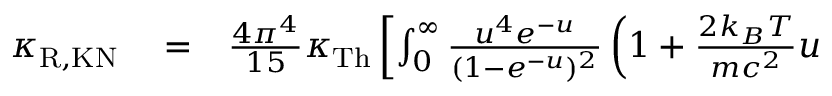
\begin{array} { r l r } { \kappa _ { \mathrm { R , K N } } } & { { } = } & { \frac { 4 \pi ^ { 4 } } { 1 5 } \kappa _ { \mathrm { T h } } \left[ \int _ { 0 } ^ { \infty } \frac { u ^ { 4 } e ^ { - u } } { ( 1 - e ^ { - u } ) ^ { 2 } } \left( 1 + \frac { 2 k _ { B } T } { m c ^ { 2 } } u \right. \right. } \end{array}